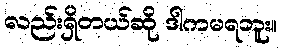
လည်းရှိတယ်ဆို ဒါကမရဘူး။